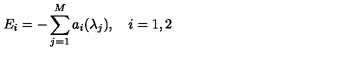
E _ { i } = - \sum _ { j = 1 } ^ { M } a _ { i } ( \lambda _ { j } ) , \quad i = 1 , 2